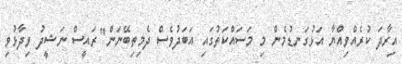
އިރާދަ ކުރެއްވިއްޔާ އަޅުގަނޑުމެން މި މަސައްކަތުގައި އަބަދުވެސް ދެމިތިބޭނަން" ރައީސް ނަޝީދު ވިދާޅުވި